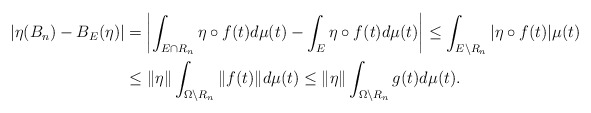
\begin{align*}\vert \eta (B_n) - B_E( \eta) \vert & = \left| \int_{E \cap R_n} \eta \circ f(t) d \mu (t) - \int_E \eta \circ f(t) d \mu (t) \right| \leq \int_{E\backslash R_n} | \eta \circ f(t)| \mu (t)\\ & \leq \| \eta \| \int_{\Omega \backslash R_n} \| f(t) \| d \mu (t) \leq \| \eta \| \int_{\Omega \backslash R_n} g(t) d \mu (t) . \stepcounter{equation}\end{align*}